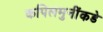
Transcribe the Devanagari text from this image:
कपिलमुनींकडे